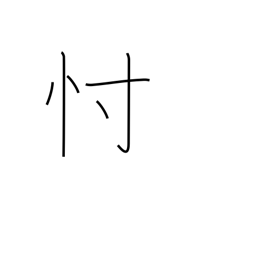
Meaning: conjecture